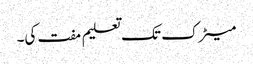
میٹرک تک تعلیم مفت کی۔